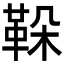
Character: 𩊜